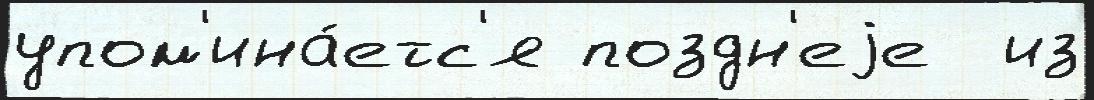
упом'ина́етс'я поздн'еjе  из